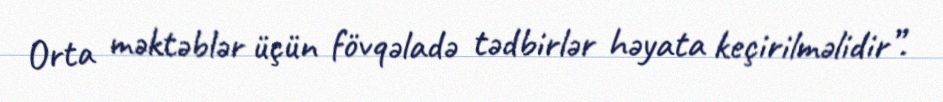
Orta məktəblər üçün fövqəladə tədbirlər həyata keçirilməlidir”.